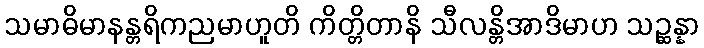
သမာဓိမာနန္တရိကညမာဟူတိ ကိတ္တိတာနိ သီလန္တိအာဒိမာဟ သဉ္ဆန္နာ